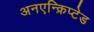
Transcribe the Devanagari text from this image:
अनएन्क्रिप्टेड